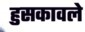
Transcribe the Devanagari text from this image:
हुसकावले